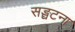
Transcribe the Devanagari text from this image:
सङ्घटना